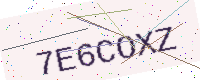
Text: 7E6COXZ